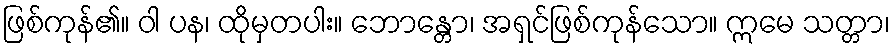
ဖြစ်ကုန်၏။ ဝါ ပန၊ ထိုမှတပါး။ ဘောန္တော၊ အရှင်ဖြစ်ကုန်သော။ ဣမေ သတ္တာ၊